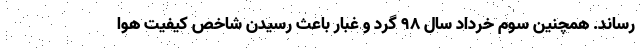
رساند. همچنین سوم خرداد سال ۹۸ گرد و غبار باعث رسیدن شاخص کیفیت هوا